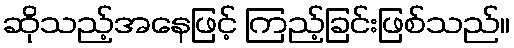
ဆိုသည့်အနေဖြင့် ကြည့်ခြင်းဖြစ်သည်။